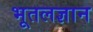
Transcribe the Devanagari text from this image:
भूतलज्ञान